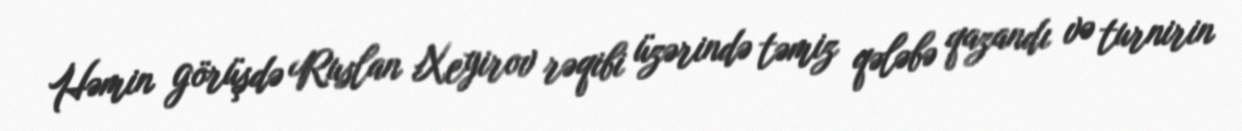
Həmin görüşdə Ruslan Xeyirov rəqibi üzərində təmiz qələbə qazandı və turnirin